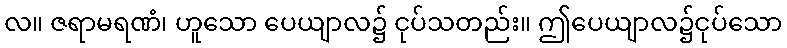
လ။ ဇရာမရဏံ၊ ဟူသော ပေယျာလ၌ ငုပ်သတည်း။ ဤပေယျာလ၌ငုပ်သော